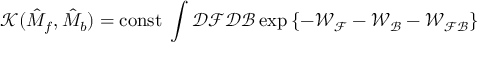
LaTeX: { \mathcal { K } } ( \hat { M } _ { f } , \hat { M } _ { b } ) = \mathrm { c o n s t } \; \int { \mathcal { D } } { \mathcal { F } } { \mathcal { D } } { \mathcal { B } } \exp \left\{ - { \mathcal { W _ { F } } } - { \mathcal { W _ { B } } } - { \mathcal { W _ { F B } } } \right\}